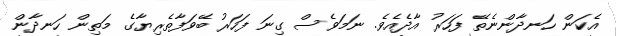
އެކަން ހަނދާންނެތޭ ފަހަރު އާދެއެެވެ. ނަމަވެސް ގިނަ ފަހަރު ބޭވަފާތެރިޔާގެ މަތިން ހަނދާން